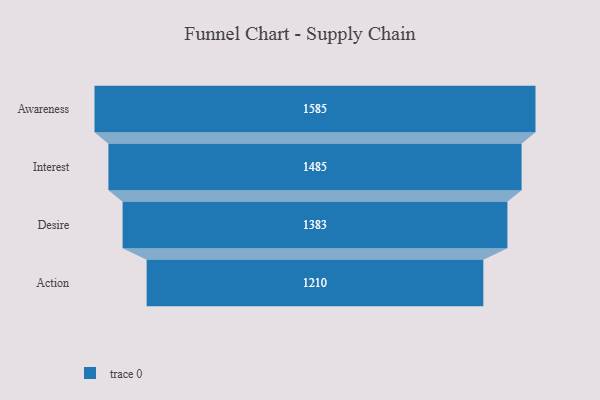
{"axis": {"x": "Stage", "y": "Value"}, "legend": [""], "data": [{"x": "Awareness", "y": 1585.0, "type": ""}, {"x": "Interest", "y": 1485.0, "type": ""}, {"x": "Desire", "y": 1383.0, "type": ""}, {"x": "Action", "y": 1210.0, "type": ""}]}